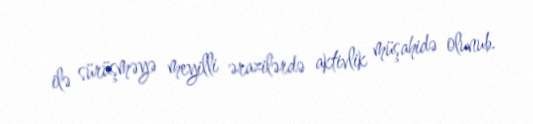
ilə sürüşməyə meyilli ərazilərdə aktivlik müşahidə olunub.